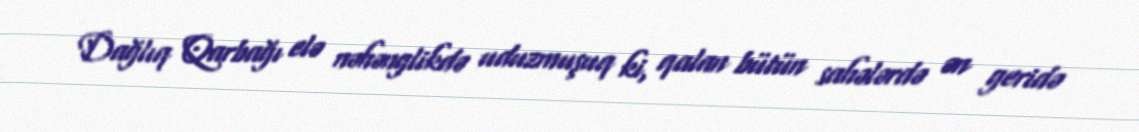
Dağlıq Qarbağı elə nəhənglikdə uduzmuşuq ki, qalan bütün sahələrdə ən geridə